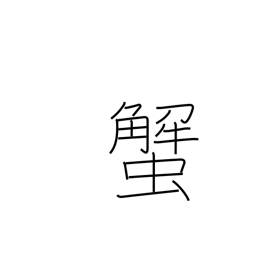
Meaning: crab